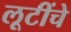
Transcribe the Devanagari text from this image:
लूटींचे